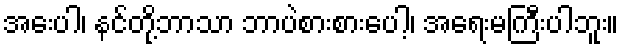
အေးပါ၊ နင်တို့ဘာသာ ဘာပဲစားစားပေါ့၊ အရေးမကြီးပါဘူး။